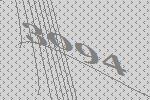
3094